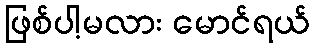
ဖြစ်ပါ့မလား မောင်ရယ်